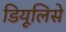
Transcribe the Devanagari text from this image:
डियूलिसे